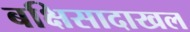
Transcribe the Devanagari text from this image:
बक्षिसादाखल